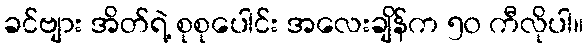
ခင်ဗျား အိတ်ရဲ့ စုစုပေါင်း အလေးချိန်က ၅၀ ကီလိုပါ။